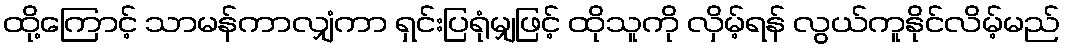
ထို့ကြောင့် သာမန်ကာလျှံကာ ရှင်းပြရုံမျှဖြင့် ထိုသူကို လှိမ့်ရန် လွယ်ကူနိုင်လိမ့်မည်